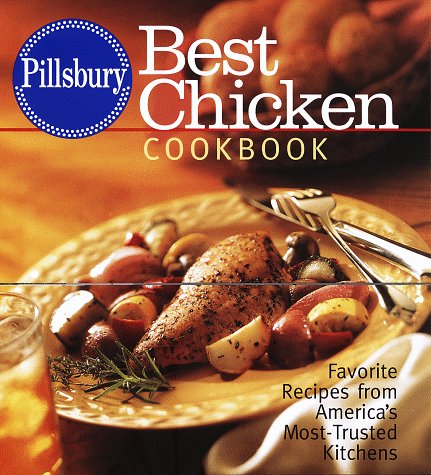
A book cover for Pillsbury: Best Chicken Cookbook: Favorite Recipes from America's Most-Trusted Kitchens; Pillsbury Company; Cookbooks, Food & Wine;